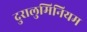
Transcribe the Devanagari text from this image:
दुरालुमिनियम